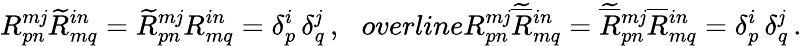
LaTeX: R_{pn}^{m\mathit{j}}\widetilde{{R}}_{mq}^{in}=\widetilde{{R}}_{pn}^{m\mathit{j}}R_{mq}^{in}=\delta_{p}^{i}\, \delta_{q}^{\mathit{j}}\, ,\ \ \, overline{R}{}_{pn}^{m\mathit{j}}\widetilde{{\overline{{{{R}}}}}}{}_{mq}^{in}=\widetilde{{\overline{{{{R}}}}}}{}_{pn}^{m\mathit{j}}\overline{{{{R}}}}{}_{mq}^{in}=\delta_{p}^{i}\, \delta_{q}^{\mathit{j}}\, .